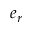
e _ { r }